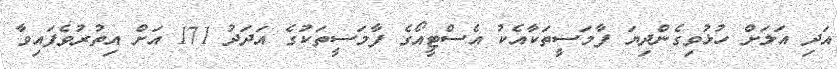
އަދި އަލަށް ހުޅުވިގެންދިޔަ ފާމަސީތަކާއެކު އެސްޓީއޯގެ ފާމަސީތަކުގެ އަދަދު 171 އަށް އިތުރުވެފައިވާ